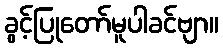
ခွင့်ပြုတော်မူပါခင်ဗျာ။